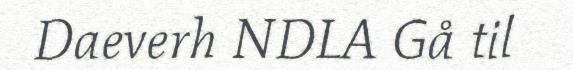
Daeverh NDLA Gå til